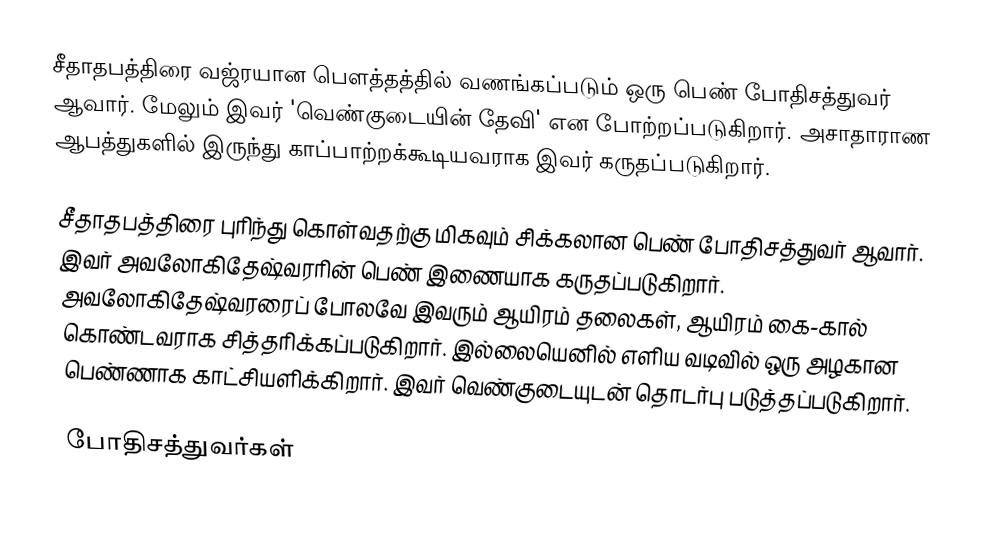
சீதாதபத்திரை வஜ்ரயான பௌத்தத்தில் வணங்கப்படும் ஒரு பெண் போதிசத்துவர் ஆவார். மேலும் இவர் 'வெண்குடையின் தேவி' என போற்றப்படுகிறார். அசாதாராண ஆபத்துகளில் இருந்து காப்பாற்றக்கூடியவராக இவர் கருதப்படுகிறார்.

சீதாதபத்திரை புரிந்து கொள்வதற்கு மிகவும் சிக்கலான பெண் போதிசத்துவர் ஆவார். இவர் அவலோகிதேஷ்வரரின் பெண் இணையாக கருதப்படுகிறார். அவலோகிதேஷ்வரரைப் போலவே இவரும் ஆயிரம் தலைகள், ஆயிரம் கை-கால் கொண்டவராக சித்தரிக்கப்படுகிறார். இல்லையெனில் எளிய வடிவில் ஒரு அழகான பெண்ணாக காட்சியளிக்கிறார். இவர் வெண்குடையுடன் தொடர்பு படுத்தப்படுகிறார்.

போதிசத்துவர்கள்